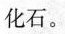
化石。